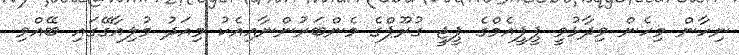
ނިހާން މިހެން ވިދާޅުވީ ޕީޕީއެމްގެ ޕީޖީ ގުރޫޕްގެ މެންބަރުންނާއިއެކު މިއަދު މުލިއާގޭގައި ބޭއްވި